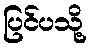
ပြင်ပသို့